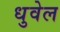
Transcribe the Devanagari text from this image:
धुवेल